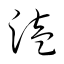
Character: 溘